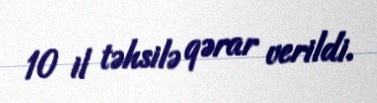
10 il təhsilə qərar verildi.